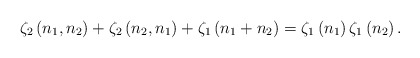
\begin{align*}\zeta_{2}\left(n_1,n_2\right) + \zeta_{2}\left(n_2,n_1\right)+ \zeta_{1}\left(n_1 + n_2\right) = \zeta_{1}\left(n_1\right) \zeta_{1}\left(n_2\right).\end{align*}